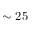
\sim 2 5